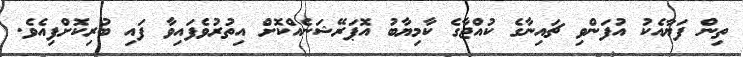
ތިން ފަޔާއެކު އުފަންވި ޗައިނާގެ ކުއްޖާގެ ކާމިޔާބު އޮޕަރޭޝަނެއްކޮށް އިތުރުވެފައިވާ ފައި ބުރިކޮށްފިއެވެ.